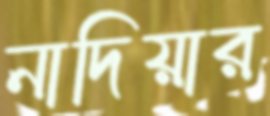
নাদিয়ার